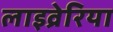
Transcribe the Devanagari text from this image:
लाइव्रेरिया